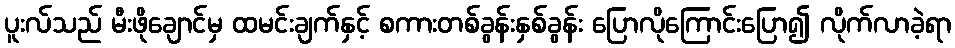
ပူးလ်သည် မီးဖိုချောင်မှ ထမင်းချက်နှင့် စကားတစ်ခွန်းနှစ်ခွန်း ပြောလိုကြောင်းပြော၍ လိုက်လာခဲ့ရာ